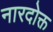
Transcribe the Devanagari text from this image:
नारदोक्त